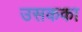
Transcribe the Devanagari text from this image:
उसकका